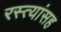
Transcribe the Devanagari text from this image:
रस्त्यांसह